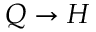
Q \rightarrow H